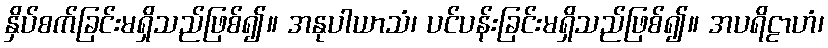
နှိပ်စက်ခြင်းမရှိသည်ဖြစ်၍။ အနုပါယာသံ၊ ပင်ပန်းခြင်းမရှိသည်ဖြစ်၍။ အပရိဠာဟံ၊